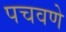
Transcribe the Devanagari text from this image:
पचवणे